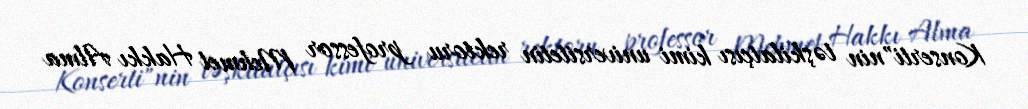
Konserti"nin təşkilatçısı kimi universitetin rektoru professor Mehmet Hakkı Alma